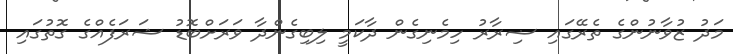
މަދު ޒުވާނުންގެ ތެރޭގައި ޟިރާރު ހިމެނިގެން ދާކަމީ ލިބިގެންދާ ވަރަށްބޮޑު ޝަރަފެއްގެ ގޮތުގައި